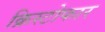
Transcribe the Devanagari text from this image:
क्रिस्टोफार